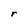
Character: r